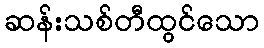
ဆန်းသစ်တီထွင်သော